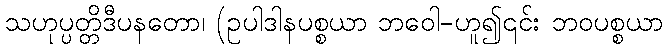
သဟုပ္ပတ္တိဒီပနတော၊ (ဥပါဒါနပစ္စယာ ဘဝေါ-ဟူ၍၎င်း ဘဝပစ္စယာ